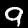
Digit: 9